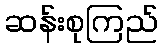
ဆန်းစုကြည်